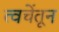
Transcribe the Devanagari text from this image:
त्वचेंतून